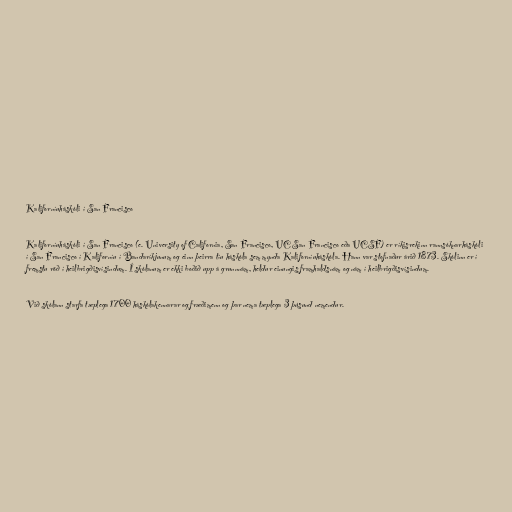
Kaliforníuháskóli í San Francisco

Kaliforníuháskóli í San Francisco (e. University of California, San Francisco, UC San Francisco eða UCSF) er ríkisrekinn rannsóknarháskóli
í San Francisco í Kaliforníu í Bandaríkjunum og einn þeirra tíu háskóla sem mynda Kaliforníuháskóla. Hann var stofnaður árið 1873. Skólinn er í
fremstu röð í heilbrigðisvísindum. Í skólanum er ekki boðið upp á grunnnám, heldur einungis framhaldsnám og nám í heilbrigðisvísindum.

Við skólann starfa tæplega 1700 háskólakennarar og fræðimenn og þar nema tæplega 3 þúsund nemendur.